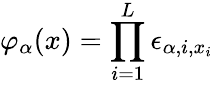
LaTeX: \varphi_{\alpha}(x)=\prod_{i=1}^{L}\epsilon_{\alpha,i,x_{i}}